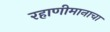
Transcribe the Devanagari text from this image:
रहाणीमानाचा